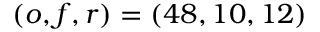
\left( o , f , r \right) = \left( 4 8 , 1 0 , 1 2 \right)